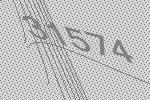
31574